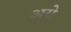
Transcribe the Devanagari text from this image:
असेे